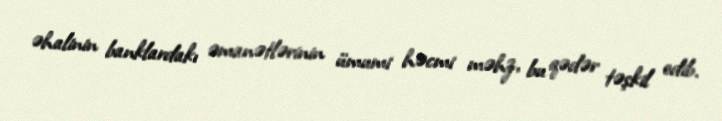
əhalinin banklardakı əmanətlərinin ümumi həcmi məhz, bu qədər təşkil edib.